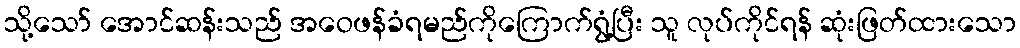
သို့သော် အောင်ဆန်းသည် အဝေဖန်ခံရမည်ကိုကြောက်ရွံ့ပြီး သူ လုပ်ကိုင်ရန် ဆုံးဖြတ်ထားသော